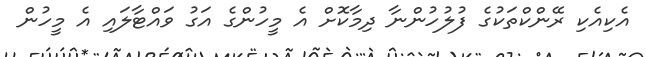
އެކިއެކި ރޭންކްތަކުގެ ފުލުހުންނާ ދިމާކޮށް އެ މީހުންގެ އަގު ވައްޓާލައި އެ މީހުން